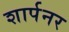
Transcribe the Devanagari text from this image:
शार्पनर